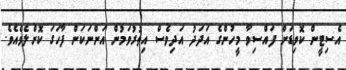
އެސިޓީން ކޮވިޑަށް ފައްސިވާ މީހުންގެ އަދަދު އަދިވެސް އިތުރުވަމުން އަންނަކަން ފާހަގަ ކޮށްލެވެއެވެ.